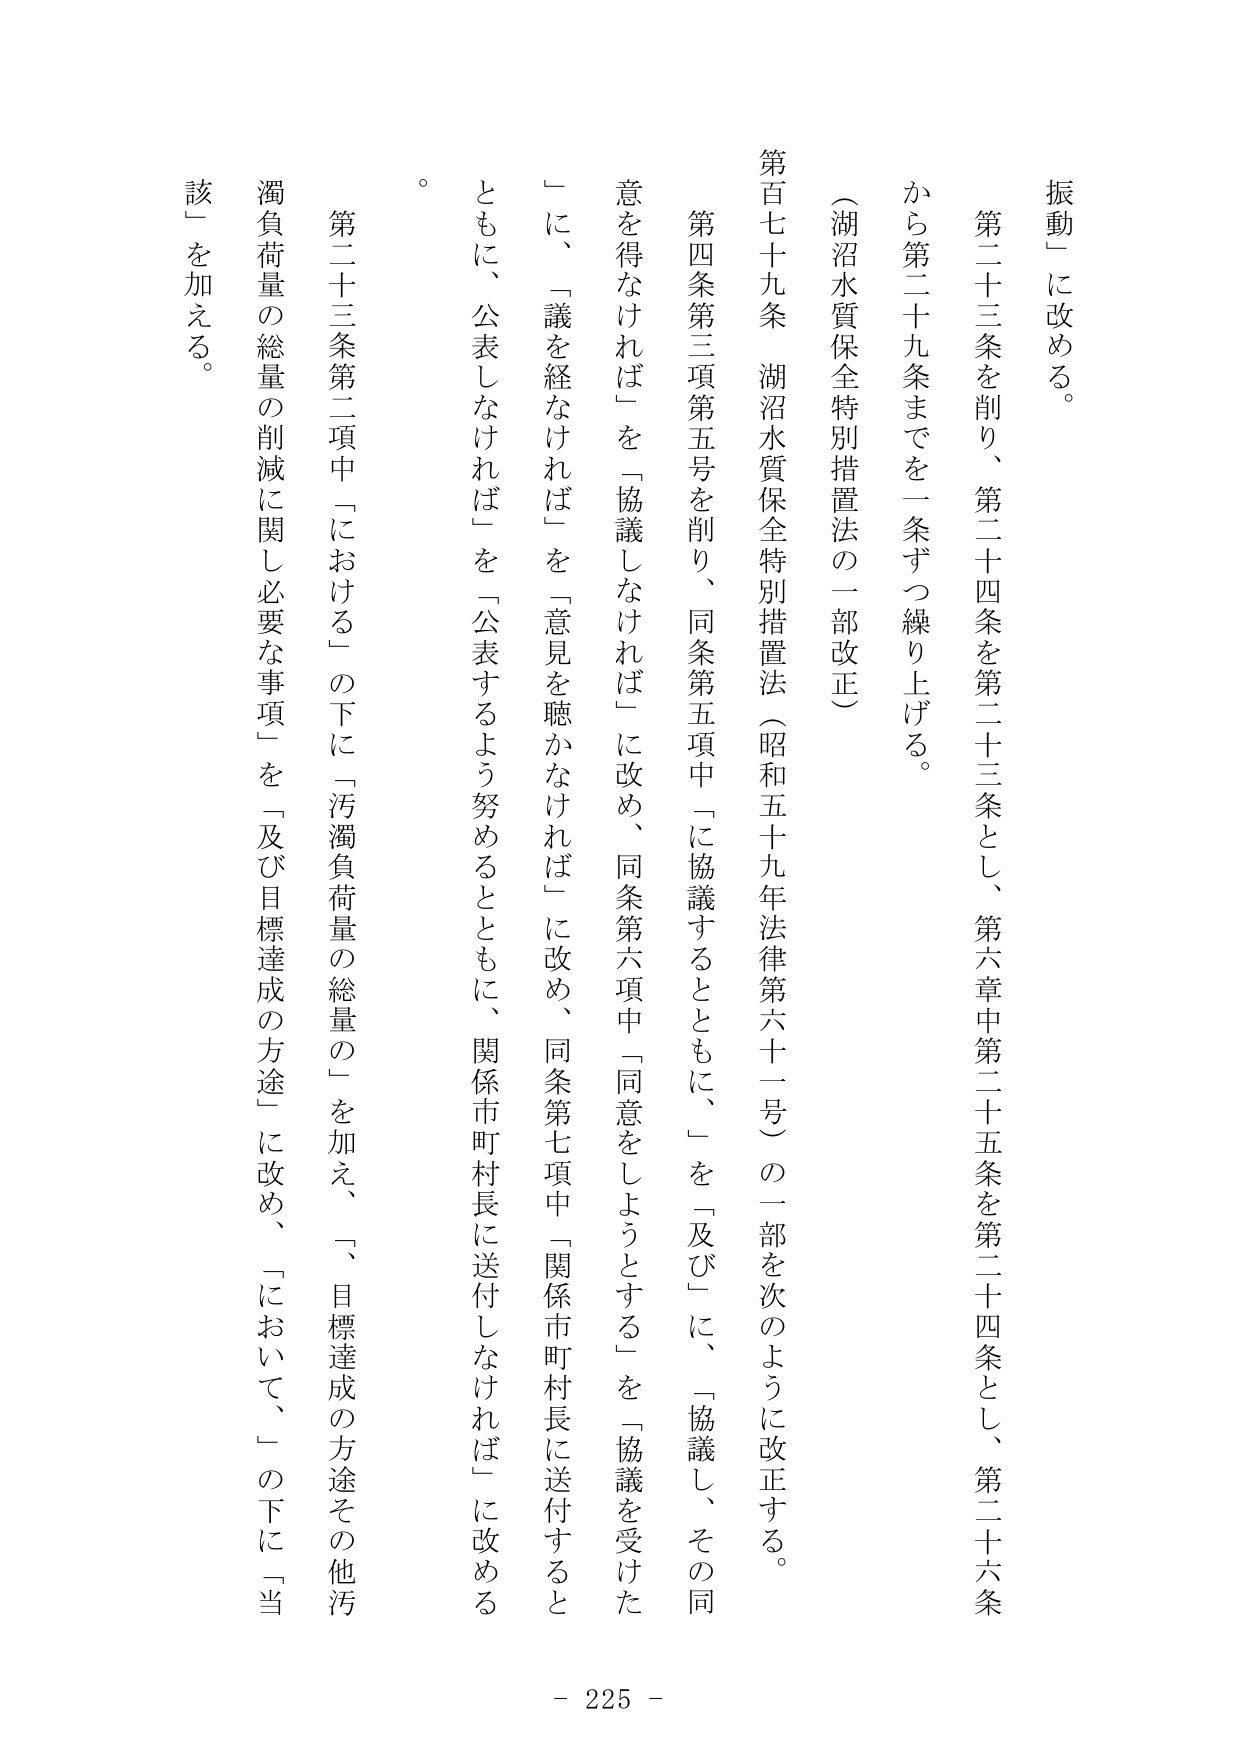
振動」に改める。

第二十三条を削り、第二十四条を第二十三条とし、第六章中第二十五条を第二十四条とし、第二十六条から第二十九条までを一条ずつ繰り上げる。

（湖沼水質保全特別措置法の一部改正）

第百七十九条　湖沼水質保全特別措置法（昭和五十九年法律第六十一号）の一部を次のように改正する。

第四条第三項第五号を削り、同条第五項中「に協議するとともに、」を「及び」に、「協議し、その同意を得なければ」を「協議しなければ」に改め、同条第六項中「同意をしようとする」を「協議を受けた」に、「議を経なければ」を「意見を聴かなければ」に改め、同条第七項中「関係市町村長に送付するとともに、公表しなければ」を「公表するよう努めるとともに、関係市町村長に送付しなければ」に改める。

第二十三条第二項中「における」の下に「汚濁負荷量の総量の」を加え、「、目標達成の方途その他汚濁負荷量の総量の削減に関し必要な事項」を「及び目標達成の方途」に改め、「において、」の下に「当該」を加える。

- 225 -